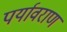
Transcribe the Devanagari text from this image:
पर्यावराण